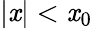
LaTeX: \left|\mathit{x}\right|<\mathit{x}_{0}